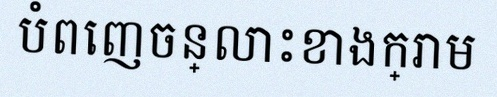
បំពេញចន្លោះខាងក្រោម